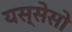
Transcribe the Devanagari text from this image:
यस्सेसो